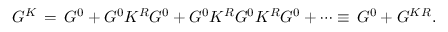
G ^ { K } \, = \, G ^ { 0 } + G ^ { 0 } K ^ { R } G ^ { 0 } + G ^ { 0 } K ^ { R } G ^ { 0 } K ^ { R } G ^ { 0 } + \cdots \equiv \, G ^ { 0 } + G ^ { K R } .